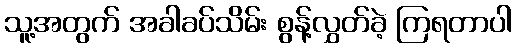
သူ့အတွက် အခါခပ်သိမ်း စွန့်လွှတ်ခဲ့ ကြရတာပါ